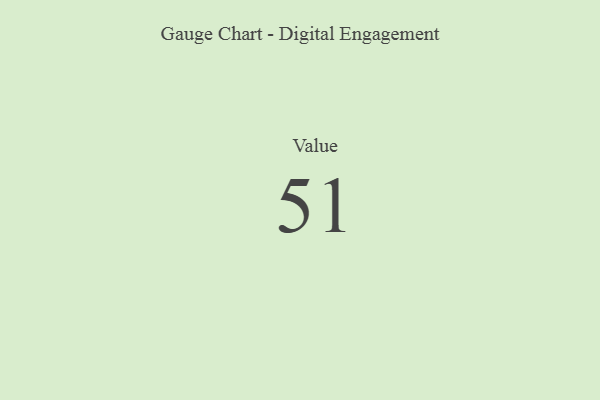
{"axis": {"x": "Metric", "y": "Value"}, "legend": [""], "data": [{"x": "Value", "y": 51, "type": ""}]}